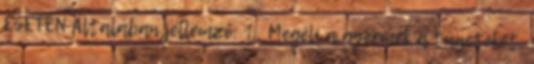
ESETÉN Általában jellemző: 1., Megéli a gyermek a tüneteket,